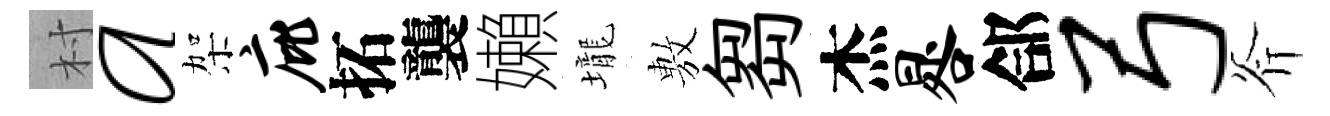
村a架庇拓襲嬾壠𢾾芻杰晷郃弓斧